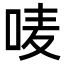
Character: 唛